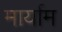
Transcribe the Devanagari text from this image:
मार्याम